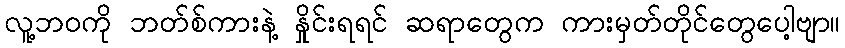
လူ့ဘဝကို ဘတ်စ်ကားနဲ့ နှိုင်းရရင် ဆရာတွေက ကားမှတ်တိုင်တွေပေါ့ဗျာ။